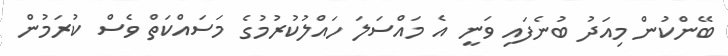
ބޭންކުން މިއަދު ބުނެފައި ވަނީ އެ މައްސަލަ ހައްލުކުރުމުގެ މަސައްކަތް ވެސް ކުރަމުން